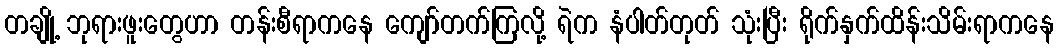
တချို့ ဘုရားဖူးတွေဟာ တန်းစီရာကနေ ကျော်တက်ကြလို့ ရဲက နံပါတ်တုတ် သုံးပြီး ရိုက်နှက်ထိန်းသိမ်းရာကနေ